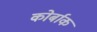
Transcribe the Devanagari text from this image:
कोर्बाक